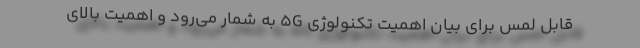
قابل لمس برای بیان اهمیت تکنولوژی 5G به شمار می‌رود و اهمیت بالای